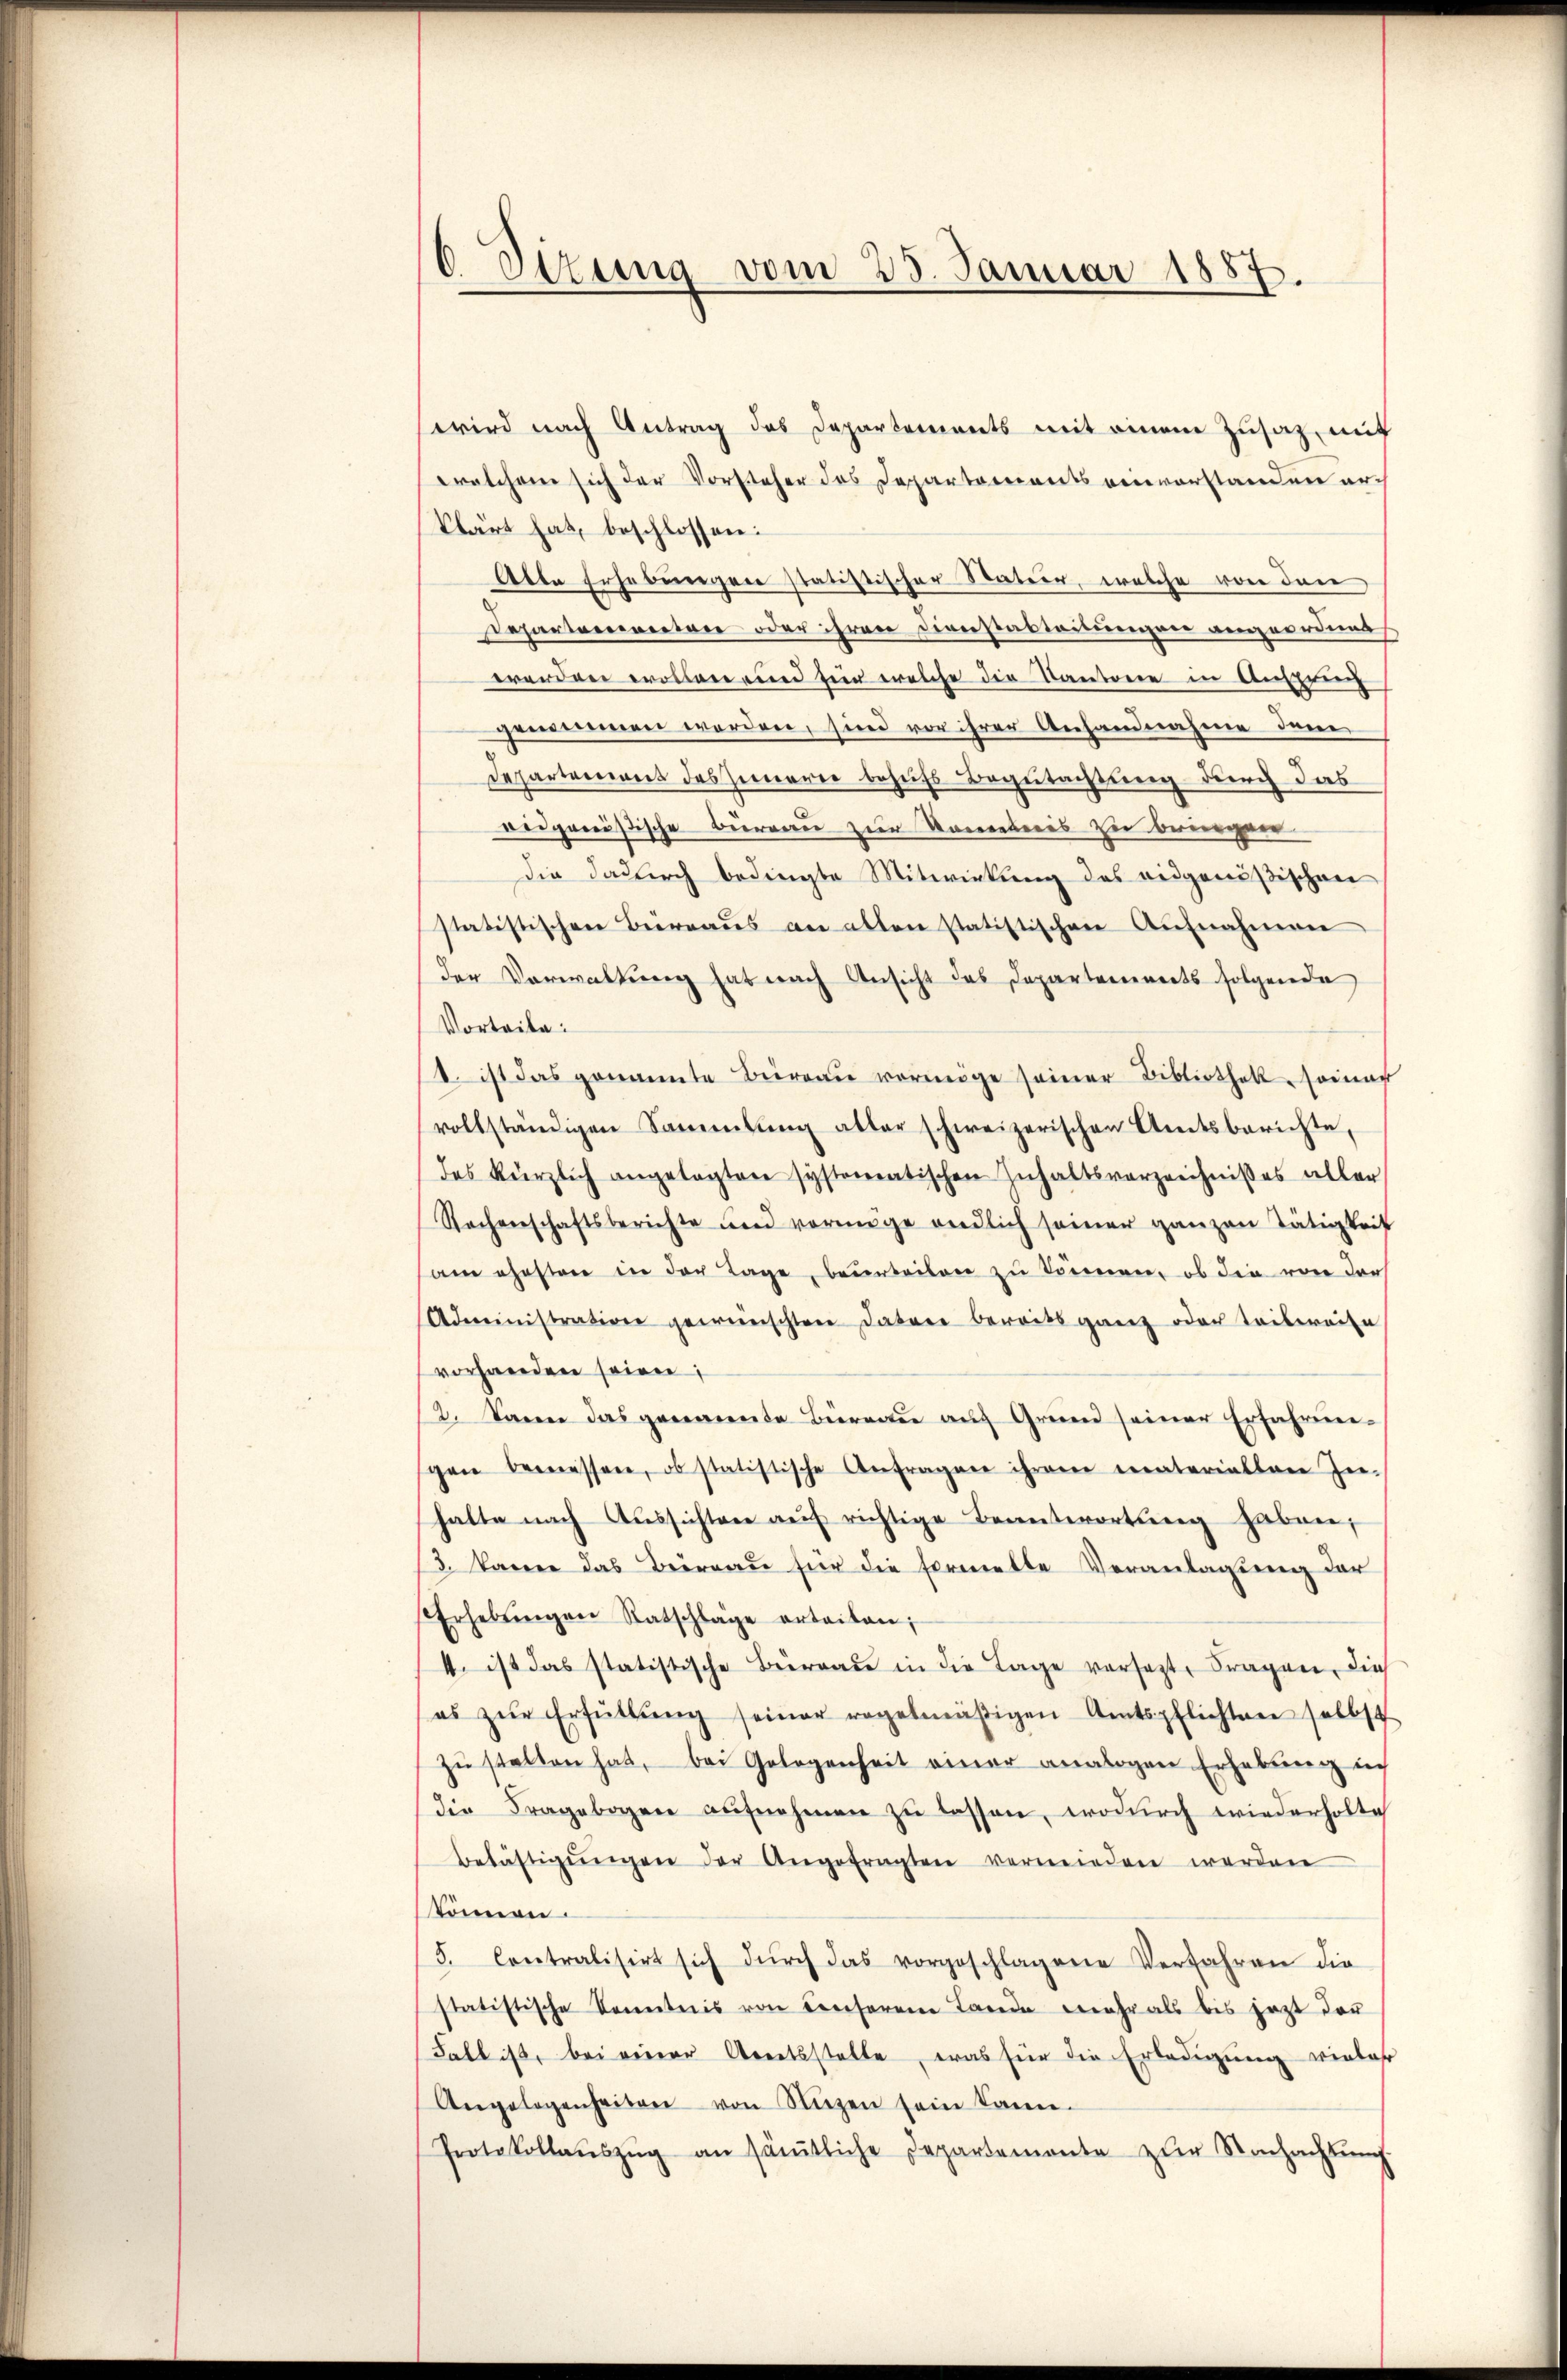
6 Dizung vom 25. Januar 1887.

wird nach Antrag des Departements mit einem Zusatz mit
welchem sich der Vorsteher des Departements einvorstanden erklärt hat, beschlossen:
Alle Erhebungen statistischer Nateur, welche von den
Departenwerten oder ihren Diensarteilungen angeordnet
erändere erollierend der welche die Kantone in Ansprinz
genommen worden, sind vor ihrer Anhandnahme dem
Departement des Innerer behufs Begutachtung durch das
ridgenößische Bureau zur Kometris zu bereigner
die dadurch bedingte Mitwirkung des eidgenößischen
statistischen Büreaŭs an allen statistischen Aŭfnahmen
der Verwaltung hat nach Ansicht das Departennerts folgende
Vorteile:
st. ist das genannte Büreau vermöge seiner Bibliothek seinan
vollständigen Sammlung aller schweizerischen Amtsberichte,
das kürzlich angetagten systematischen Inhaltsverzeichnisses aller
Rachenschaftsberichte und vermöge endlich seiner ganzen Tätigkeit
am ehesten in der Tage, beurteilen zu können, ob die von der
Administration gewünschten datare bereits ganz oder teilweise
vorhanden seien;
2. Dann das genannte Büreaŭ aŭf Grund seiner Erfahren-
gen bemessen, ob statistische Anfragen ihrem materiallen In-
halte nach Aŭssichten aŭf richtige Beantwortung haben,
3. kanne das Bernau für die Formelte Veranlagung der
Erhebŭngen Ratschläge erteilen;
4. ist das statistische Berrade in die Tage versagte Fragen, dies
es zŭr Erfüllŭng seiner regelmäβigen Amtspflichten selbst
zu stellen hat, – bei Gelegenheit einer analogen Erhebung in
die Fragebogen aufnehmen zŭ lassen, wodurch wiederholte
belästigŭngen der Angefragten vermieden werden
können.
5. Contralisirt sich dŭrch das vorgeschlagene Verfahren die
statistische Kenntnis von Conserem Lande mehr als bis jetzt dar
Fall ist, bei einer Areitsstelle, was für die Erledigung vieler
Angelegenheiten von Nuzen sein kann.
Protokollaŭszŭg an säṁtliche Departemonte zŭr Nachachtŭng